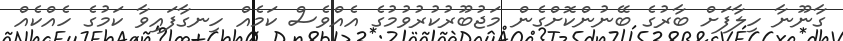
ގާނޫނާ ހިލާފަށް ބާރުގެ ބޭނުންކޮށްގެން މަޖުބޫރުކުރުވުމުގެ އެއްވެސް ކަމެއް ހިނގާފައިވާ ކަމުގެ ހެއްކެއް